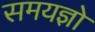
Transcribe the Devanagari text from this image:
समयज्ञो